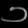
Digit: ၁